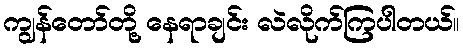
ကျွန်တော်တို့ နေရာချင်း လဲလိုက်ကြပါတယ်။